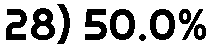
28) 50.0%